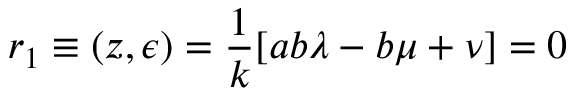
r _ { 1 } \equiv ( z , \epsilon ) = \frac { 1 } { k } [ a b \lambda - b \mu + \nu ] = 0